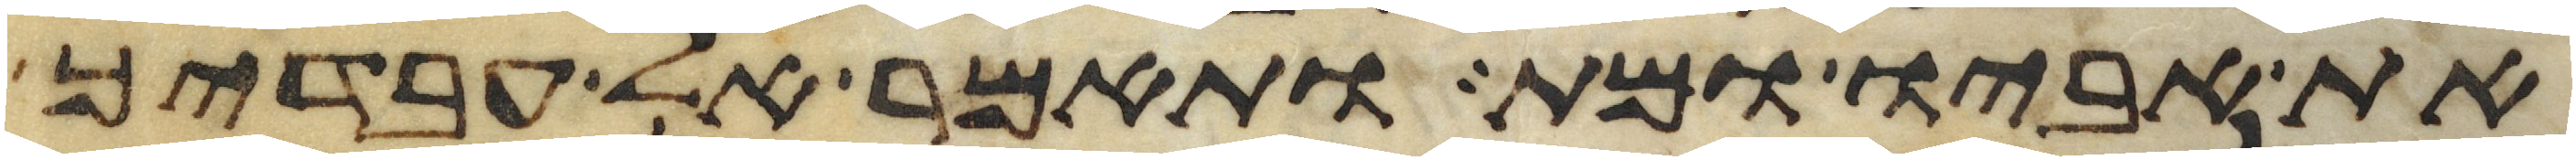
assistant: את אביו ומת ותאמר אל עבדיך